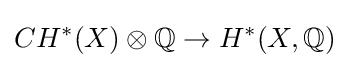
CH^{*}(X)\otimes \mathbb {Q} \to H^{*}(X,\mathbb {Q} )